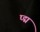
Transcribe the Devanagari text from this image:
प्द्म